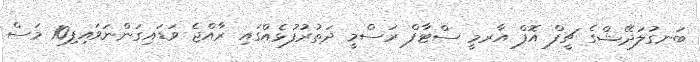
ބަނގުލަދޭޝްގެ ޗީފް އޮފް އާރމީ ސްޓާފް ރަސްމީ ދަތުރުފުޅެއްގައި ރާއްޖެ ވަޑައިގަންނަވައިފި10 މަސް